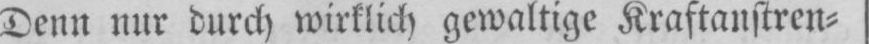
Denn nur durch wirklich gewaltige Kraftanstren⸗